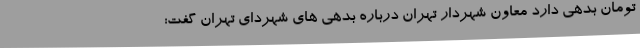
تومان بدهی دارد معاون شهردار تهران درباره بدهی های شهردای تهران گفت: